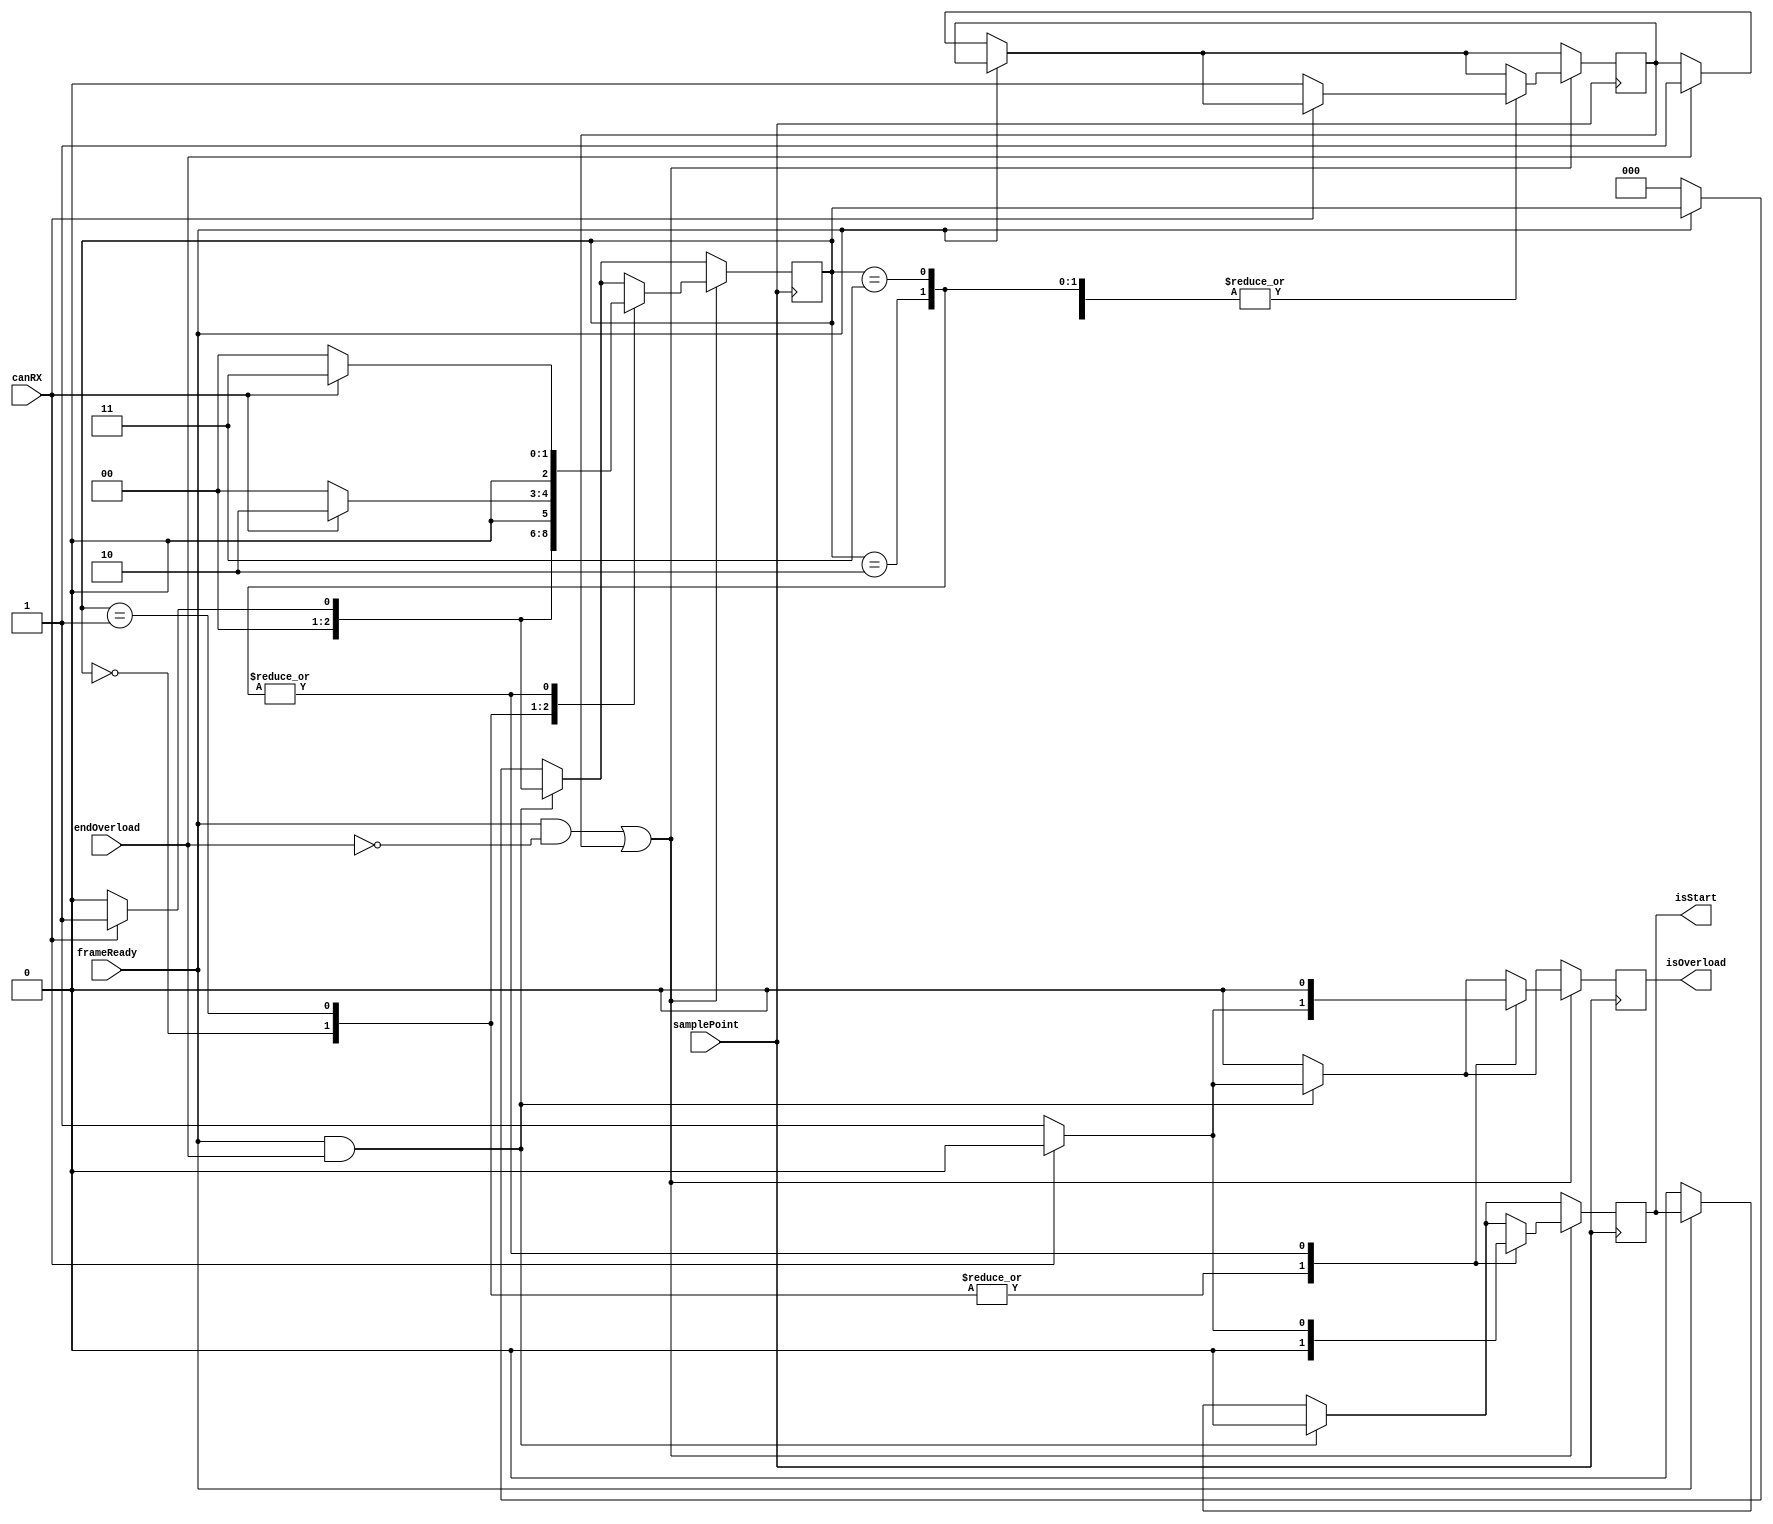
module interFrameSpace (samplePoint, canRX, frameReady, endOverload, isOverload, isStart);

	input wire samplePoint, canRX, frameReady, endOverload;
	output wire isOverload, isStart;
	
	parameter bit1_intermission = 0, bit2_intermission = 1, bit3_intermission = 2, bus_idle = 3;
	
	reg [2:0]state = bus_idle;
	reg isOverload0 = 0, isStart0 = 0;
	reg endError = 0;
	
	assign isOverload = isOverload0;
	assign isStart = isStart0;
	
	always @ (posedge samplePoint) begin
		
		if (frameReady == 0)begin
		
			state <= bit1_intermission;
			isOverload0 <= 0;
			isStart0 <= 0;
			if (endOverload)
				endError <= 1;
		
		end
		
		if (isOverload) begin
			isOverload0 <= 0;
		end

		if (frameReady == 1 && endOverload == 1) begin
			
			if (canRX == 1) begin
				state <= bit2_intermission;
				isOverload0 <= 0;
				isStart0 <= 0;
			end else begin
				state <= bit1_intermission;
				isOverload0 <= 1;
				isStart0 <= 0;
			end
			
		end

		if ((frameReady == 1 && endOverload == 0) || endError == 1) begin
			case (state)
				bit1_intermission:
					if (canRX == 1) begin
						state <= bit2_intermission;
						isOverload0 <= 0;
						isStart0 <= 0;
					end else begin
						state <= bit1_intermission;
						isOverload0 <= 1;
						isStart0 <= 0;
						endError <= 0;
					end
					
				bit2_intermission:
					if (canRX == 1) begin
						state <= bit3_intermission;
						isOverload0 <= 0;
						isStart0 <= 0;
					end else begin
						state <= bit1_intermission;
						isOverload0 <= 1;
						isStart0 <= 0;
						endError <= 0;
					end
					
				bit3_intermission:
					if (canRX == 1) begin
						state <= bus_idle;
						isOverload0 <= 0;
						isStart0 <= 0;
					end else begin
						state <= bit1_intermission;
						isOverload0 <= 0;
						isStart0 <= 1;
						endError <= 0;
					end
					
				bus_idle:
					if (canRX == 1) begin
						state <= bus_idle;
						isOverload0 <= 0;
						isStart0 <= 0;
					end else begin
						state <= bit1_intermission;
						isOverload0 <= 0;
						isStart0 <= 1;
						endError <= 0;
					end
			endcase
		end
	end
endmodule